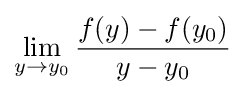
\displaystyle \lim _{y\to y_{0}}{\frac {f(y)-f(y_{0})}{y-y_{0}}}